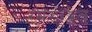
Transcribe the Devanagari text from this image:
रमफ्यूड्डेल